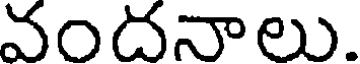
వందనాలు.